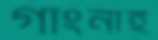
গাংনাই